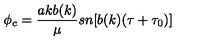
\phi _ { c } = \frac { a k b ( k ) } { \mu } s n [ b ( k ) ( \tau + \tau _ { 0 } ) ]